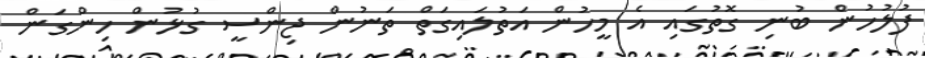
ފުލުހުން ބުނި ގޮތުގައި އެ މީހުން އަތުލައިގަތް ތަނުން ޖިންސީ ގުޅުން ހިންގަން